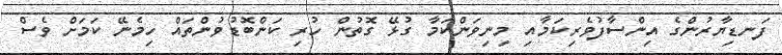
ފަނޑިޔާރުންގެ އިންސާފުވެރިކަމާއި މިނިވަންކަމާ ގުޅޭ ގޮތުން ހުރި ކަންބޮޑުވުންތައް ހިމެނޭ ކަމަށް ވެސް